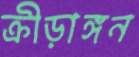
ক্রীড়াঙ্গন